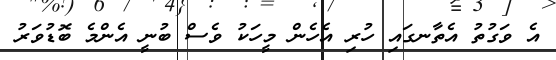
އެ ވަގުތު އެތާނގައި ހުރި އެހެން މީހަކު ވެސް ބުނީ އެންމެ ބޮޑުވަރު